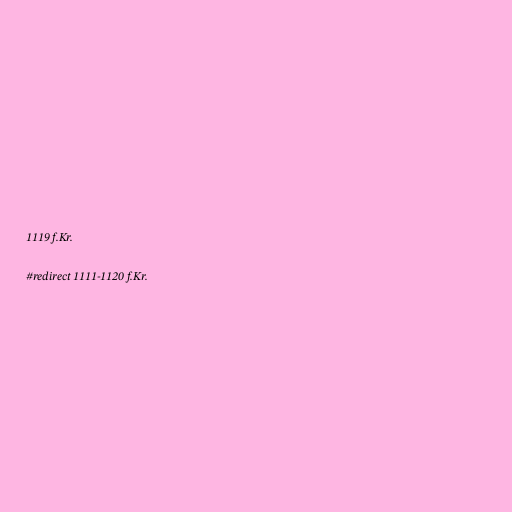
1119 f.Kr.

#redirect 1111-1120 f.Kr.